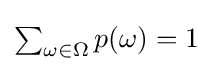
{\textstyle \sum _{\omega \in \Omega }p(\omega )=1}